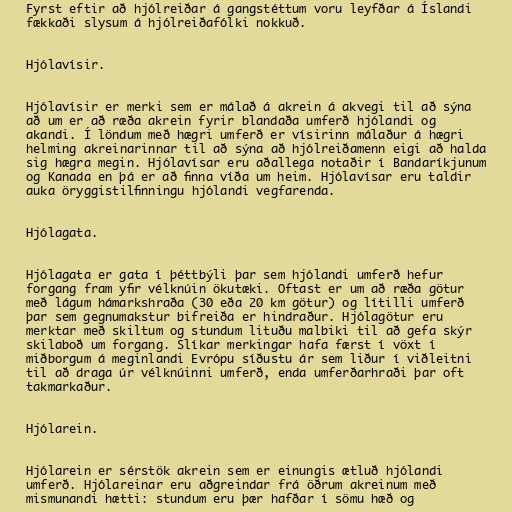
Fyrst eftir að hjólreiðar á gangstéttum voru leyfðar á Íslandi
fækkaði slysum á hjólreiðafólki nokkuð.

Hjólavísir.

Hjólavísir er merki sem er málað á akrein á akvegi til að sýna
að um er að ræða akrein fyrir blandaða umferð hjólandi og
akandi. Í löndum með hægri umferð er vísirinn málaður á hægri
helming akreinarinnar til að sýna að hjólreiðamenn eigi að halda
sig hægra megin. Hjólavísar eru aðallega notaðir í Bandaríkjunum
og Kanada en þá er að finna víða um heim. Hjólavísar eru taldir
auka öryggistilfinningu hjólandi vegfarenda.

Hjólagata.

Hjólagata er gata í þéttbýli þar sem hjólandi umferð hefur
forgang fram yfir vélknúin ökutæki. Oftast er um að ræða götur
með lágum hámarkshraða (30 eða 20 km götur) og lítilli umferð
þar sem gegnumakstur bifreiða er hindraður. Hjólagötur eru
merktar með skiltum og stundum lituðu malbiki til að gefa skýr
skilaboð um forgang. Slíkar merkingar hafa færst í vöxt í
miðborgum á meginlandi Evrópu síðustu ár sem liður í viðleitni
til að draga úr vélknúinni umferð, enda umferðarhraði þar oft
takmarkaður.

Hjólarein.

Hjólarein er sérstök akrein sem er einungis ætluð hjólandi
umferð. Hjólareinar eru aðgreindar frá öðrum akreinum með
mismunandi hætti: stundum eru þær hafðar í sömu hæð og